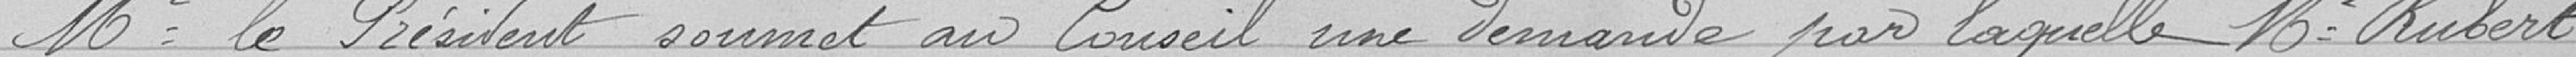
Monsieur le Président soumet au Conseil une demande par laquelle Monsieur Rubert